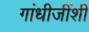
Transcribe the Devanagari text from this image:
गांधीजींशी